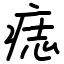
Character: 痣